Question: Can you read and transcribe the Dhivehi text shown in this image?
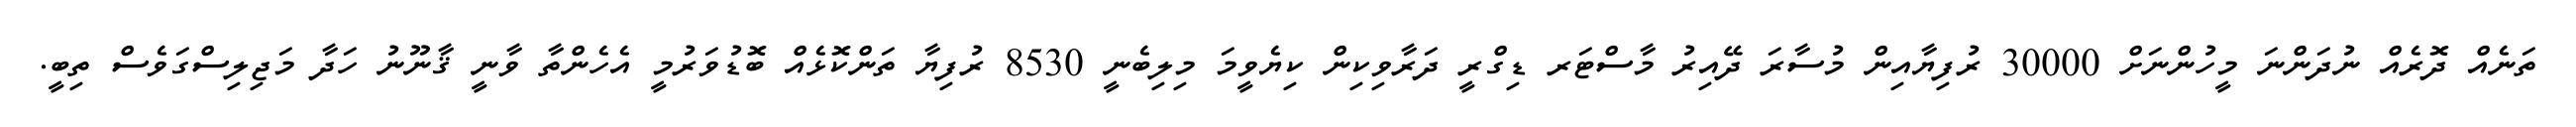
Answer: ތަނެއް ދޮރެއް ނުދަންނަ މީހުންނަށް 30000 ރުފިޔާއިން މުސާރަ ދޭއިރު މާސްޓަރ ޑިގްރީ ދަރާވިކިން ކިޔެވީމަ މިލިބެނީ 8530 ރުފިޔާ ތަންކޮޅެއް ބޮޑުވަރުމީ އެހެންތާ ވާނީ ޤާނޫނު ހަދާ މަޖިލިސްގަވެސް ތިބީ.